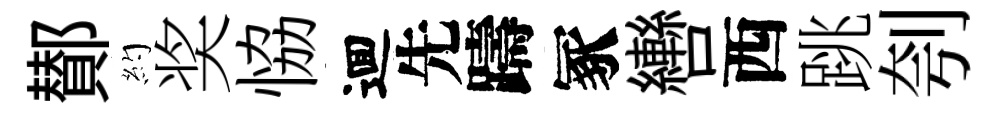
鄼約奖恊逥先躊冢轡西跳刳